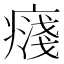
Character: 𭼥